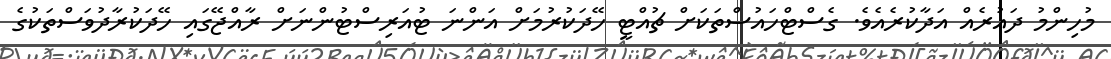
މުހިންމު ދައުރެއް އަދާކުރެއެވެ. ގެސްޓްހައުސްތަކަށް ޗުއްޓީ ހޭދަކުރުމަށް އަންނަ ޓުއަރިސްޓުންނަށް ރާއްޖޭގައި ހޭދަކުރާދުވަސްތަކުގެ